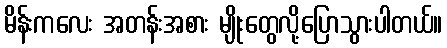
မိန်းကလေး အတန်းအစား မျိုးတွေလို့ပြောသွားပါတယ်။